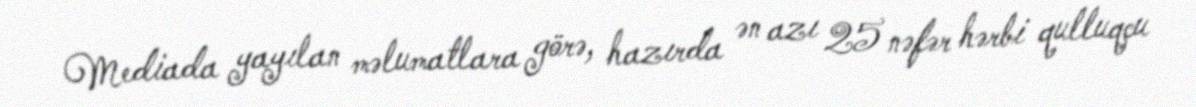
Mediada yayılan məlumatlara görə, hazırda ən azı 25 nəfər hərbi qulluqçu